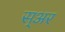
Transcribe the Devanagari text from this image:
स्अर